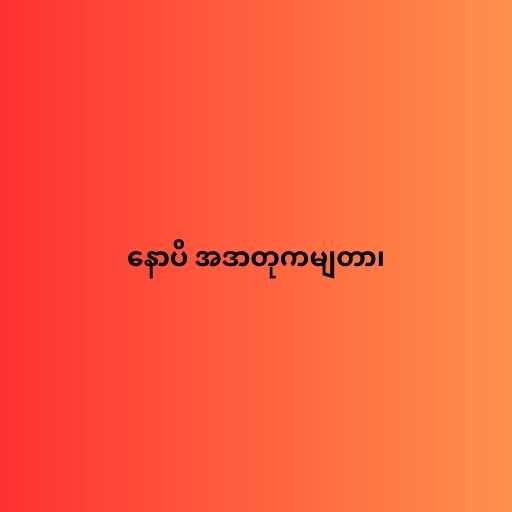
နောပိ အဒာတုကမျတာ၊